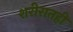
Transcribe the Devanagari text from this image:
शरीरातही